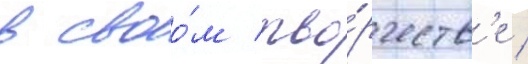
в своо́м тво́рчеств'е /